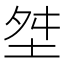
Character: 㘶